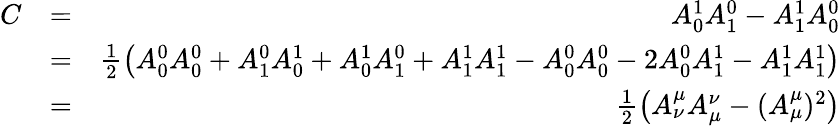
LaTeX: \begin{array}{rlr}{C}&{=}&{A_{0}^{1}A_{1}^{0}-A_{1}^{1}A_{0}^{0}}\\ &{=}&{\frac{1}{2}\left(A_{0}^{0}A_{0}^{0}+A_{1}^{0}A_{0}^{1}+A_{0}^{1}A_{1}^{0}+A_{1}^{1}A_{1}^{1}-A_{0}^{0}A_{0}^{0}-2A_{0}^{0}A_{1}^{1}-A_{1}^{1}A_{1}^{1}\right)}\\ &{=}&{\frac{1}{2}\left(A_{\nu}^{\mu}A_{\mu}^{\nu}-(A_{\mu}^{\mu})^{2}\right)}\end{array}